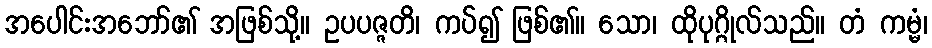
အပေါင်းအဘော်၏ အဖြစ်သို့။ ဥပပဇ္ဇတိ၊ ကပ်၍ ဖြစ်၏။ သော၊ ထိုပုဂ္ဂိုလ်သည်။ တံ ကမ္မံ၊